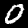
Digit: 0